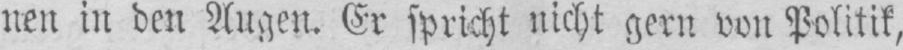
nen in den Augen. Er spricht nicht gern von Politik,